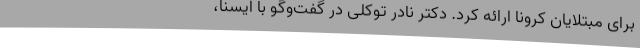
برای مبتلایان کرونا ارائه کرد. دکتر نادر توکلی در گفت‌وگو با ایسنا،